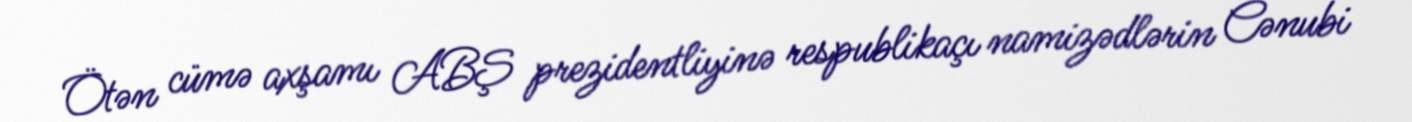
Ötən cümə axşamı ABŞ prezidentliyinə respublikaçı namizədlərin Cənubi